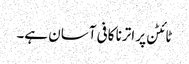
ٹائٹن پر اترنا کافی آسان ہے۔